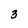
Character: 3